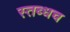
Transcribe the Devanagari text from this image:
स्तब्धच